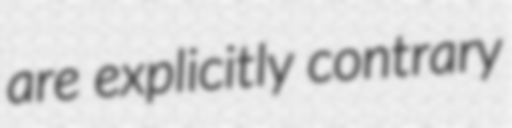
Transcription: are explicitly contrary